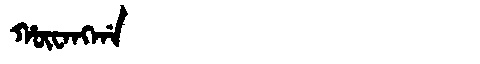
Manchu: ᡥᡡᠸᠠᠩᡤᠠ
Romanization: HŪWANGGA